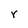
Character: r